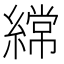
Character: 𮈼